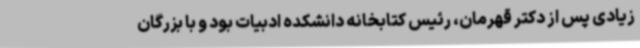
زیادی پس از دکتر قهرمان، رئیس کتابخانه دانشکده ادبیات بود و با بزرگان